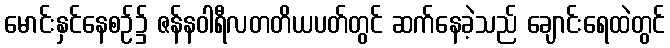
မောင်းနှင်နေစဉ်၌ ဇန်နဝါရီလတတိယပတ်တွင် ဆက်နေခဲ့သည် ချောင်းရေထဲတွင်